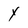
Character: y